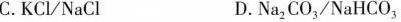
C.KCVNaCl D.Na2CO3/NaHCO3